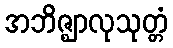
အဘိဇ္ဈာလုသုတ္တံ